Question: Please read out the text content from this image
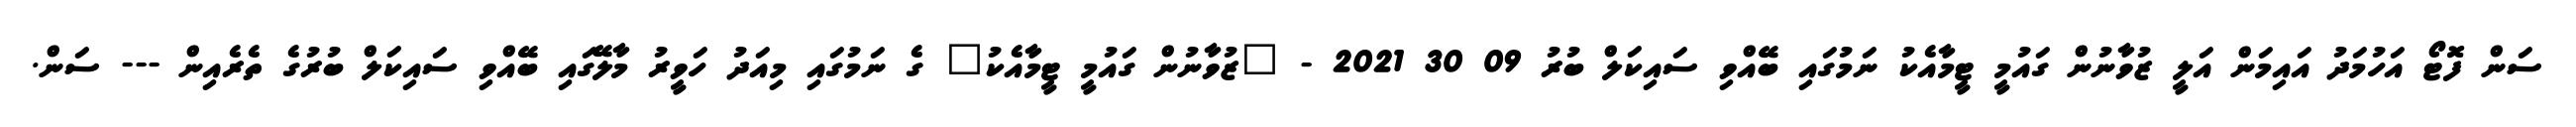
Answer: ސަން ފޮޓޯ އަހުމަދު އައިމަން އަލީ ޒުވާނުން ގައުމީ ޓީމާއެކު ނަމުގައި ބޭއްވި ސައިކަލް ބުރު 09 30 2021 - "ޒުވާނުން ގައުމީ ޓީމާއެކު" ގެ ނަމުގައި މިއަދު ހަވީރު މާލޭގައި ބޭއްވި ސައިކަލް ބުރުގެ ތެރެއިން --- ސަން.